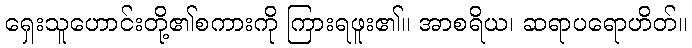
ရှေးသူဟောင်းတို့၏စကားကို ကြားရဖူး၏။ အာစရိယ၊ ဆရာပရောဟိတ်။